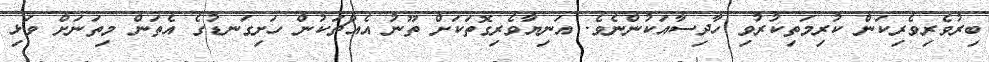
ބިރުވެރިވެރިކަން ކުރިމަތިކުރުވި ހާދިސާއަކުންނެވެ. އަނިޔާވެރިގޮތަކަށް ތޫނު އެއްޗަކުން ހަށިގަނޑުގެ އެތަން މިތަނަށް ވަޅި